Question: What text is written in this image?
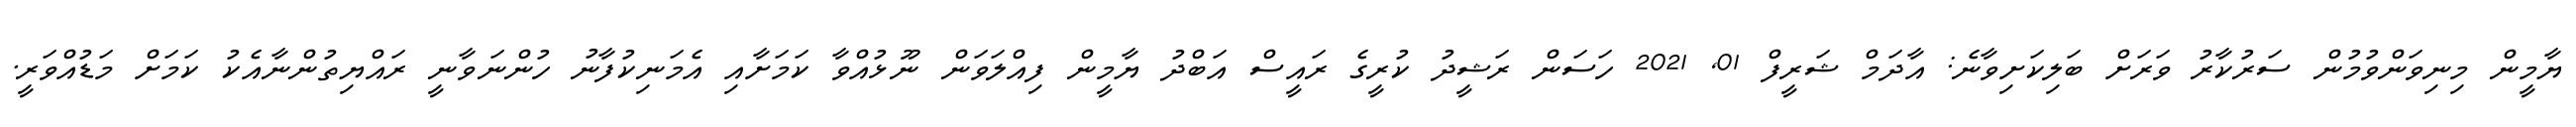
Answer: ޔާމީން މިނިވަންވުމުން ސަރުކާރު ވަރަށް ބަލިކަށިވާނެ: އާދަމް ޝަރީފް 01, 2021 ހަސަން ރަޝީދު ކުރީގެ ރައީސް އަބްދު ޔާމީން ފިއްލަވަން ނޫޅުއްވާ ކަމަށާއި އެމަނިކުފާނު ހުންނަވާނީ ރައްޔިތުންނާއެކު ކަމަށް މަޑުއްވަރީ.